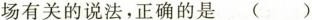
场有关的说法，正确的是()